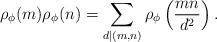
LaTeX: \begin{align*} \rho_\phi(m)\rho_\phi(n) = \sum_{d|(m,n)} \rho_\phi\left(\frac{mn}{d^2}\right).\end{align*}